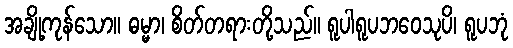
အချို့ကုန်သော။ ဓမ္မာ၊ စိတ်တရားတို့သည်။ ရူပါရူပဘဝေသုပိ၊ ရူပဘုံ